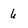
Character: 6